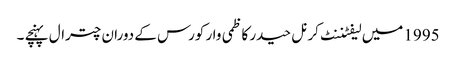
1995 میں لیفٹننٹ کرنل حیدر کاظمی وار کورس کے دوران چترال پہنچے ۔